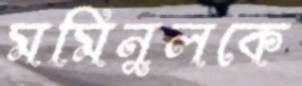
মমিনুলকে